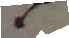
e